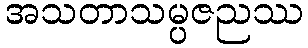
အသတာသမ္ပဇညဿ